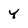
Character: Y